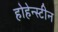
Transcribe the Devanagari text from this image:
होहेन्स्टीन